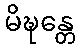
မိဍ္ဎန္တေ